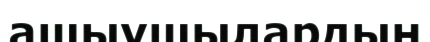
ашыушылардың